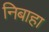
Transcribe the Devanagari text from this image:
निबाहा